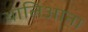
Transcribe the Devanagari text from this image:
थालिआना